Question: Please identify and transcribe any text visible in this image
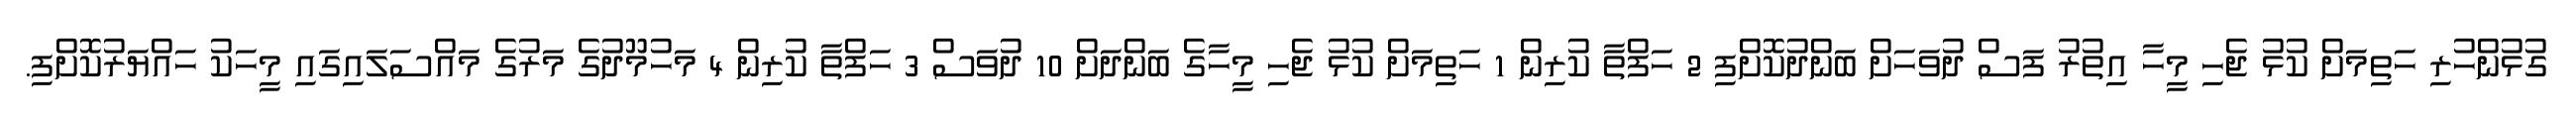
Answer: ގުޅުންހުރި ހަތިމަށް ކުޅު ޖެހި މީހާ އިތުރު ފަސް ދުވަހަށް ބަންދުކޮށްފި 2 ހަފްތާ ކުރިން 1 ހަތިމަށް ކުޅު ޖެހި މީހާގެ ބަންދަށް 10 ދުވަސް 3 ހަފްތާ ކުރިން 4 މަހުމޫދުގެ މަރުގެ މައްސަލައިގައި މީހަކު ހައްޔަރުކޮށްފި.